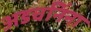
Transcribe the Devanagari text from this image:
अडचनिंना